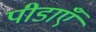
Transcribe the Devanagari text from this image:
पीडाएँ